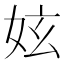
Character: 妶